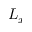
L _ { x }